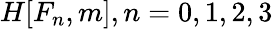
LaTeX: H[F_{n},m],n=0,1,2,3